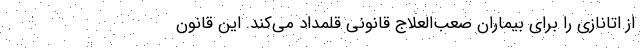
از اتانازی را برای بیماران صعب‌العلاج قانونی قلمداد می‌کند. این قانون